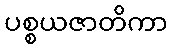
ပစ္စယဇာတိကာ